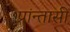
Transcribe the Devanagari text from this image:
प्रांन्तासी